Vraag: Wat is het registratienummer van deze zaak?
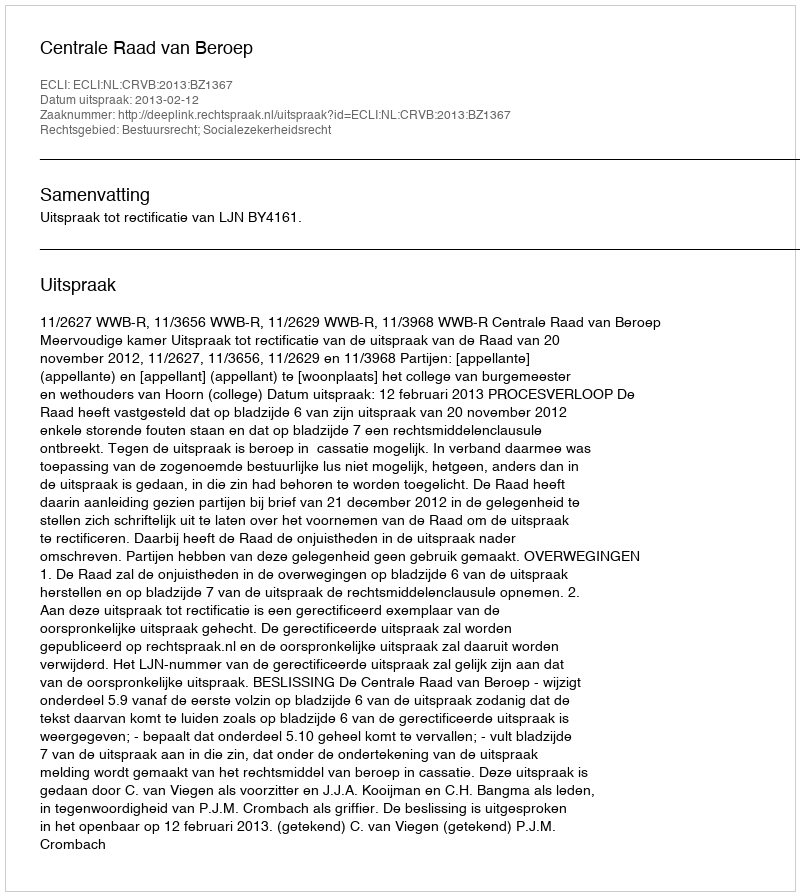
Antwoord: http://deeplink.rechtspraak.nl/uitspraak?id=ECLI:NL:CRVB:2013:BZ1367